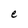
Character: e